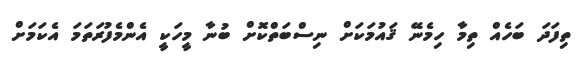
ތިފަދަ ބަހެއް ތިމާ ހިމެނޭ ޤައުމަކަށް ނިސްބަތްކޮށް ބުނާ މީހަކީ އެންމެފުރަތަމަ އެކަމަށް